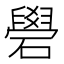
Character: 礐